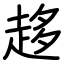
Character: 趍